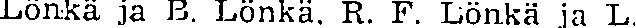
Lönkä ja B. Lönkä. R. F. Lönkä ja L.